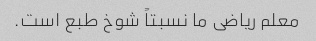
معلم ریاضی ما نسبتاً شوخ طبع است.